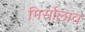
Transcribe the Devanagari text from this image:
मिर्सोलाव